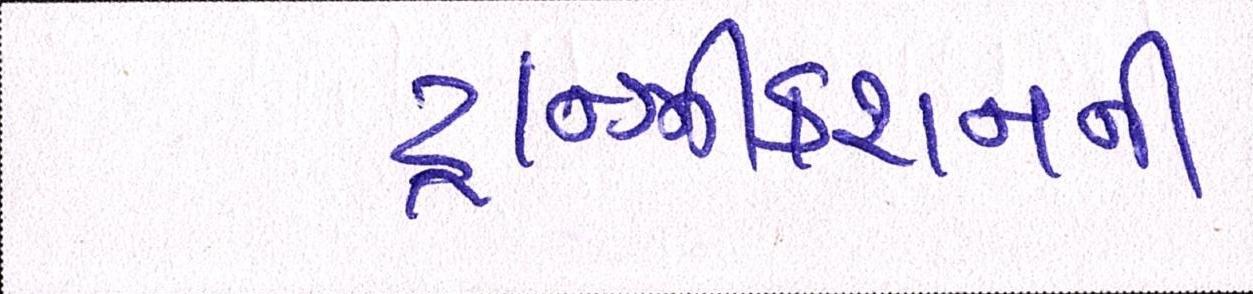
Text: ટ્રાન્ઝીકશનની